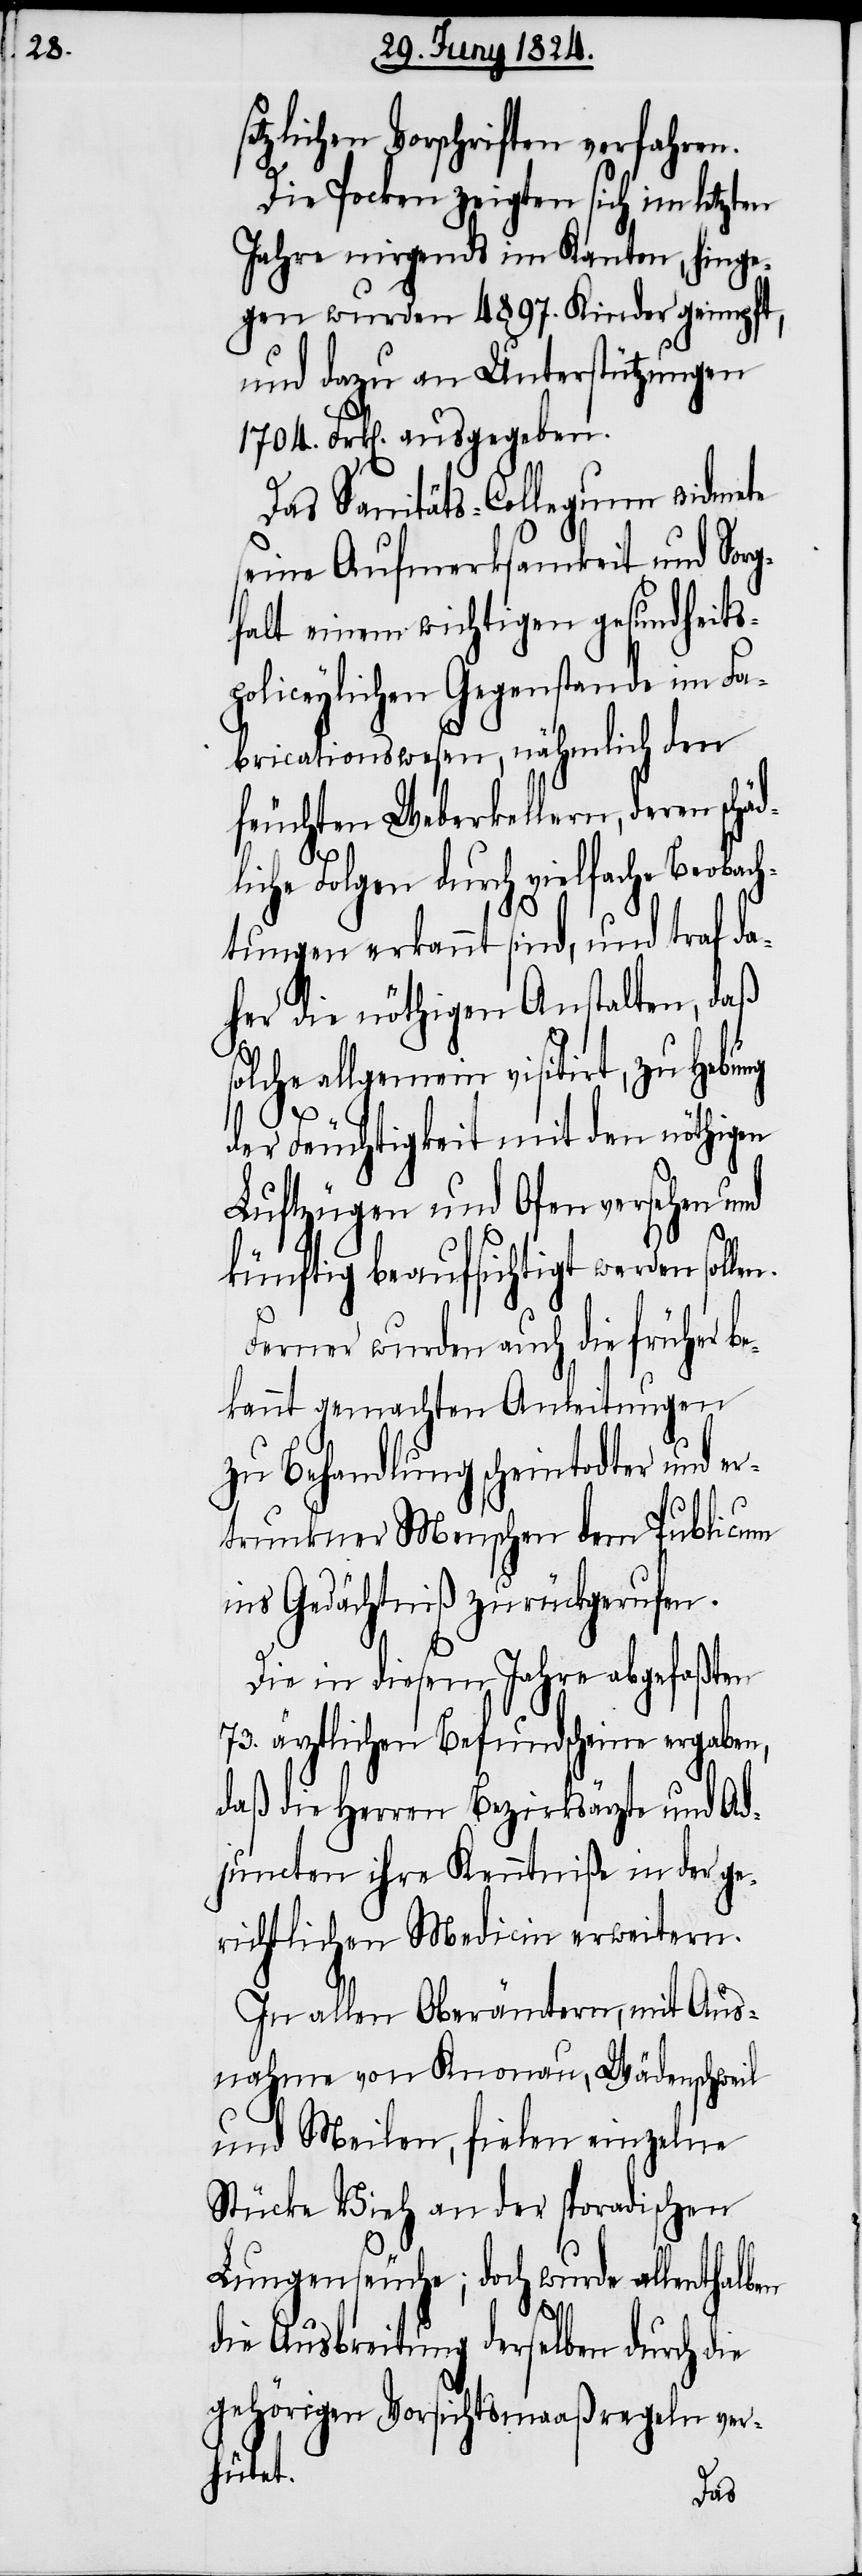
etzlichen Vorschriften verfahren.
Die Pocken zeigten sich im letzten
Jahre nirgends im Kanton, hinge¬
gen wurden 4897. Kinder geimpft,
und dazu an Unterstützungen
1704. Frk[en]. ausgegeben.
Das Sanitäts-Collegium widmete
seine Aufmerksamkeit und Sorg¬
falt einem wichtigen gesundheits¬
policeylichen Gegenstande im Fa¬
bricationswesen, nämlich den
feuchten Weberkellern, deren schäd¬
l¬
iche Folgen durch vielfache Beoba¬
chtungen erkannt sind, und traf da¬
her die nöthigen Anstalten, daß
solche allgemein visitirt, zu Hebung
der Feuchtigkeit mit den nöthigen
Luftzügen und Ofen versehen und
künftig beaufsichtigt werden solle¬
Ferner wurden auch die früher b¬
ekannt gemachten Anleitungen
zu Behandlung scheintodter er¬
trunkner Menschen dem Publicum
ins Gedächtniß zurückgerufen.
Die in diesem Jahre abgefaßten
74. ärztlichen Befundscheine ergaben,
daß die Herren Bezirksärzte und Ad¬
juncten ihre Kenntniße in der ge¬
richtlichen Medicin erweitern.
In allen Oberämtern, mit Aus¬
nahme von Knonau, Wädenschweil
und Meilen, fielen einzelne
Stücke Vieh an der sporadischen
Lungenseuche; doch wurde allenthalb¬
en
die Ausbreitung derselben durch die
gehörigen Vorsichtsmaßregeln ver¬
hütet.